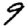
Digit: 9